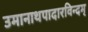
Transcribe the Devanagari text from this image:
उमानाथपादारविन्दम्